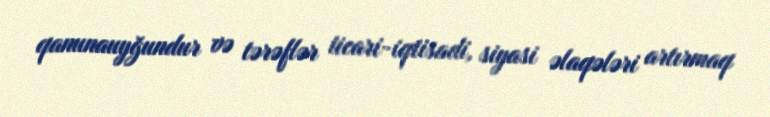
qanunauyğundur və tərəflər ticari-iqtisadi, siyasi əlaqələri artırmaq